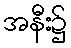
အနီး၌